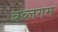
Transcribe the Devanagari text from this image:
बब्लगम